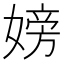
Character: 嫎